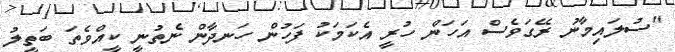
"ސުލައިމާނު ރޭގަވެސް އަހަން ހުރީ އެކަމަކު ފަހުން ހަނދާން ނެތުނީ ކީއްވެތަ ބަތީލު